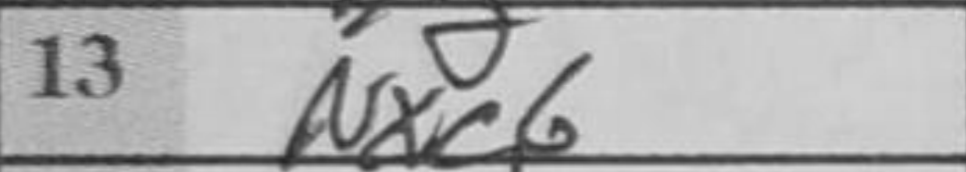
Transcription: Nxc6